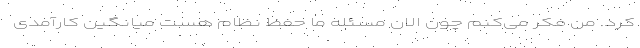
کرد. من فکر می‌کنم چون الان مسئله ما حفظ نظام هست میانگین کارآمدی